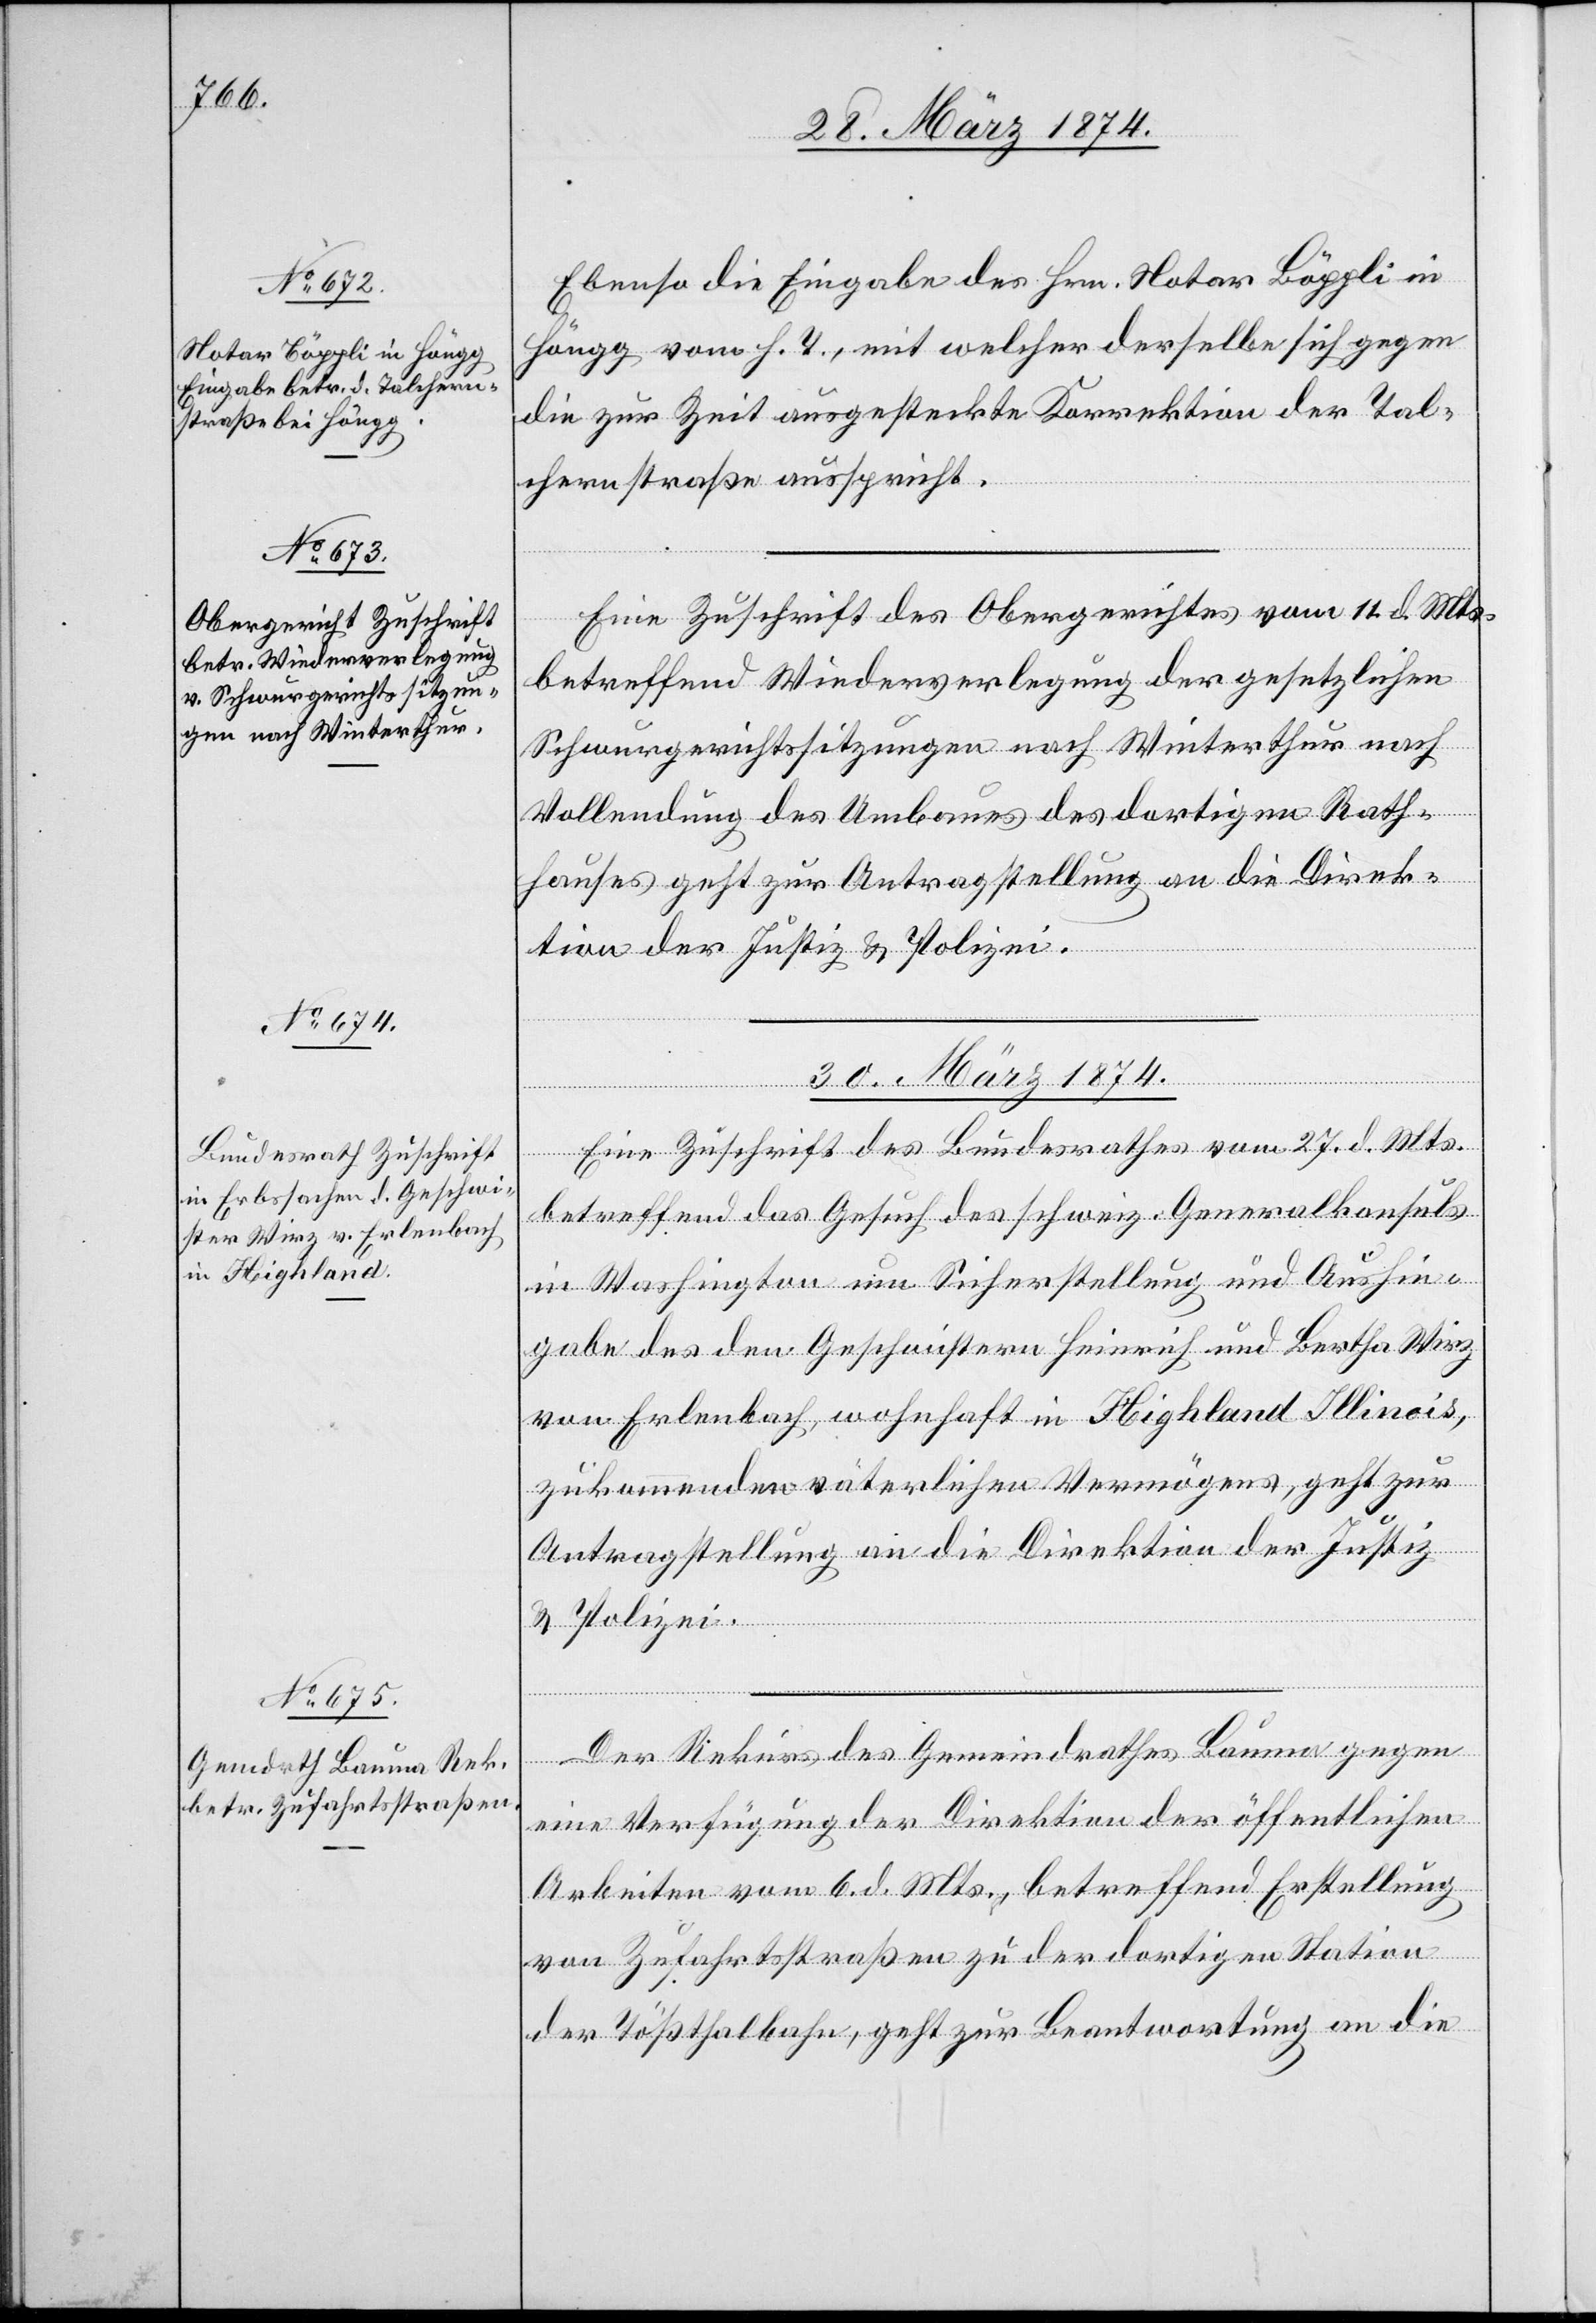
28. März 1874.]
Ebenso die Eingabe des Hrn. Notar Böppli in
Höngg vom h. T., mit welcher derselbe sich gegen
die zur Zeit ausgestreckte Korrektion der Tal¬
chernstraße ausspricht.
Eine Zuschrift des Obergerichtes vom 11. d. Mts.
betreffend Wiederverlegung der gesetzlichen
Schwurgerichtssitzungen nach Winterthur nach
Vollendung des Umbaues des dortigen Rath¬
hauses geht zur Antragstellung an die Direk¬
tion der Justiz u. Polizei.
30. März 1874.]
Eine Zuschrift des Bundesrathes vom 27. d. Mts.
betreffend das Gesuch des schweiz. Generalkonsuls
in Washington um Sicherstellung und Aushin¬
gabe des den Geschwistern Heinrich und Bertha Wirz
von Erlenbach, wohnhaft in Highland Illinois,
zukommenden väterlichen Vermögens, geht zur
Antragstellung an die Direktion der Justiz
u. Polizei.
Der Rekurs des Gemeindrathes Bauma gegen
eine Verfügung der Direktion der öffentlichen
Arbeiten vom 6. d. Mts., betreffend Erstellung
von Zufahrtsstraßen zu der dortigen Station
der Tößthalbahn, geht zur Beantwortung an die